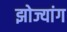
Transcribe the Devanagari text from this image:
झोज्यांग